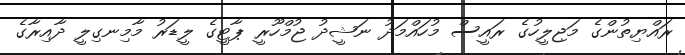
ރައްޔިތުންގެ މަޖިލީހުގެ ރައީސް މުހައްމަދު ނަޝީދު ޖުމްހޫރީ ޕާޓީގެ ލީޑަރު މާމިނގިލީ ދާއިރާގެ